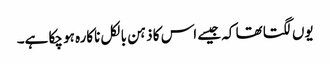
یوں لگتا تھا کہ جیسے اس کا ذہن بالکل ناکارہ ہو چکا ہے۔